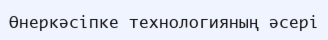
Өнеркәсіпке технологияның әсері